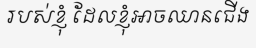
របស់ខ្ញុំ ដែលខ្ញុំអាចឈានជើង